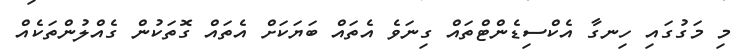
މި މަގުގައި ހިނގާ އެކްސިޑެންޓްތައް ގިނަވެ އެތައް ބަޔަކަށް އެތައް ގޮތަކުން ގެއްލުންތަކެއް